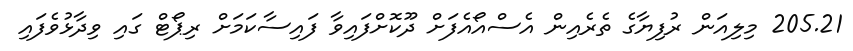
205.21 މިލިއަން ރުފިޔާގެ ތެރެއިން އެސްއޯއެފަށް ދޫކޮށްފައިވާ ފައިސާކަމަށް ރިޕޯޓް ގައި ވިދާޅުވެފައި